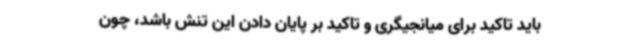
باید تاکید برای میانجیگری و تاکید بر پایان دادن این تنش باشد، چون